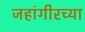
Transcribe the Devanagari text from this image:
जहांगीरच्या